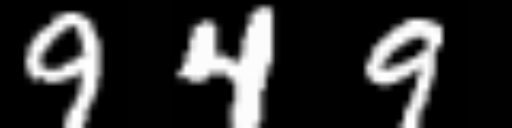
Text: 949